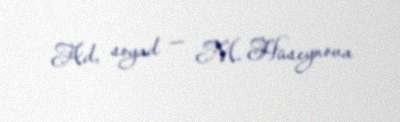
Ad, soyad — M. Hüseynova